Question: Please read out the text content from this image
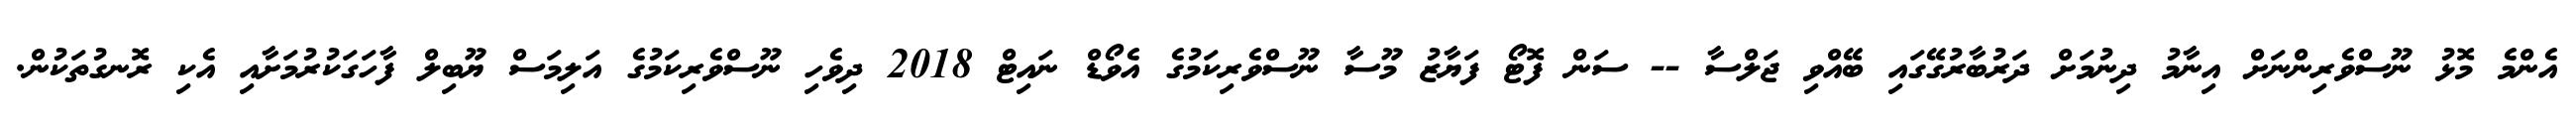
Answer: އެންމެ މޮޅު ނޫސްވެރިންނަށް އިނާމު ދިނުމަށް ދަރުބާރުގޭގައި ބޭއްވި ޖަލްސާ -- ސަން ފޮޓޯ ފަޔާޒު މޫސާ ނޫސްވެރިކަމުގެ އެވޯޑް ނައިޓް 2018 ދިވެހި ނޫސްވެރިކަމުގެ އަލިމަސް ޔޫބިލް ފާހަގަކުރުމަށާއި އެކި ރޮނގުތަކުން.